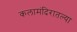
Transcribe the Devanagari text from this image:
कलामंदिरातल्या